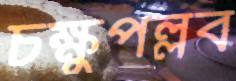
চক্ষুপল্লব